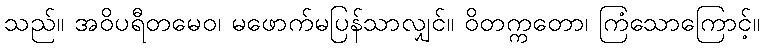
သည်။ အဝိပရီတမေဝ၊ မဖောက်မပြန်သာလျှင်။ ဝိတက္ကတော၊ ကြံသောကြောင့်။